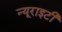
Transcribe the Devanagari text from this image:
न्यूराइटी